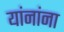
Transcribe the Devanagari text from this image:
यांनांना